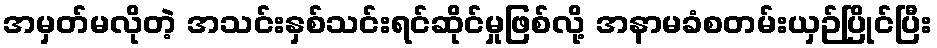
အမှတ်မလိုတဲ့ အသင်းနှစ်သင်းရင်ဆိုင်မှုဖြစ်လို့ အနာမခံစတမ်းယှဉ်ပြိုင်ပြီး